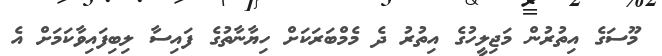
މޫސަގެ އިތުރުން މަޖިލީހުގެ އިތުރު ދެ މެމްބަރަކަށް ހިޔާނާތުގެ ފައިސާ ލިބިފައިވާކަމަށް އެ